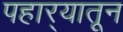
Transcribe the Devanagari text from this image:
पहार्‍यातून